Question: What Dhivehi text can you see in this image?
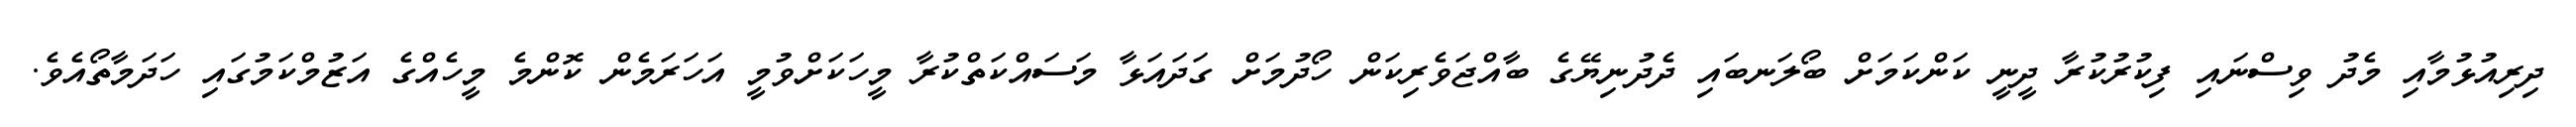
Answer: ދިރިއުޅުމާއި މެދު ވިސްނައި ފިކުރުކުރާ ދީނީ ކަންކަމަށް ބޯލަނބައި ދެދުނިޔޭގެ ބާއްޖަވެރިކަން ހޯދުމަށް ގަދައަޅާ މަސައްކަތްކުރާ މީހަކަށްވުމީ އަހަރަމެން ކޮންމެ މީހެއްގެ އަޒުމްކަމުގައި ހަދަމާތޯއެވެ.